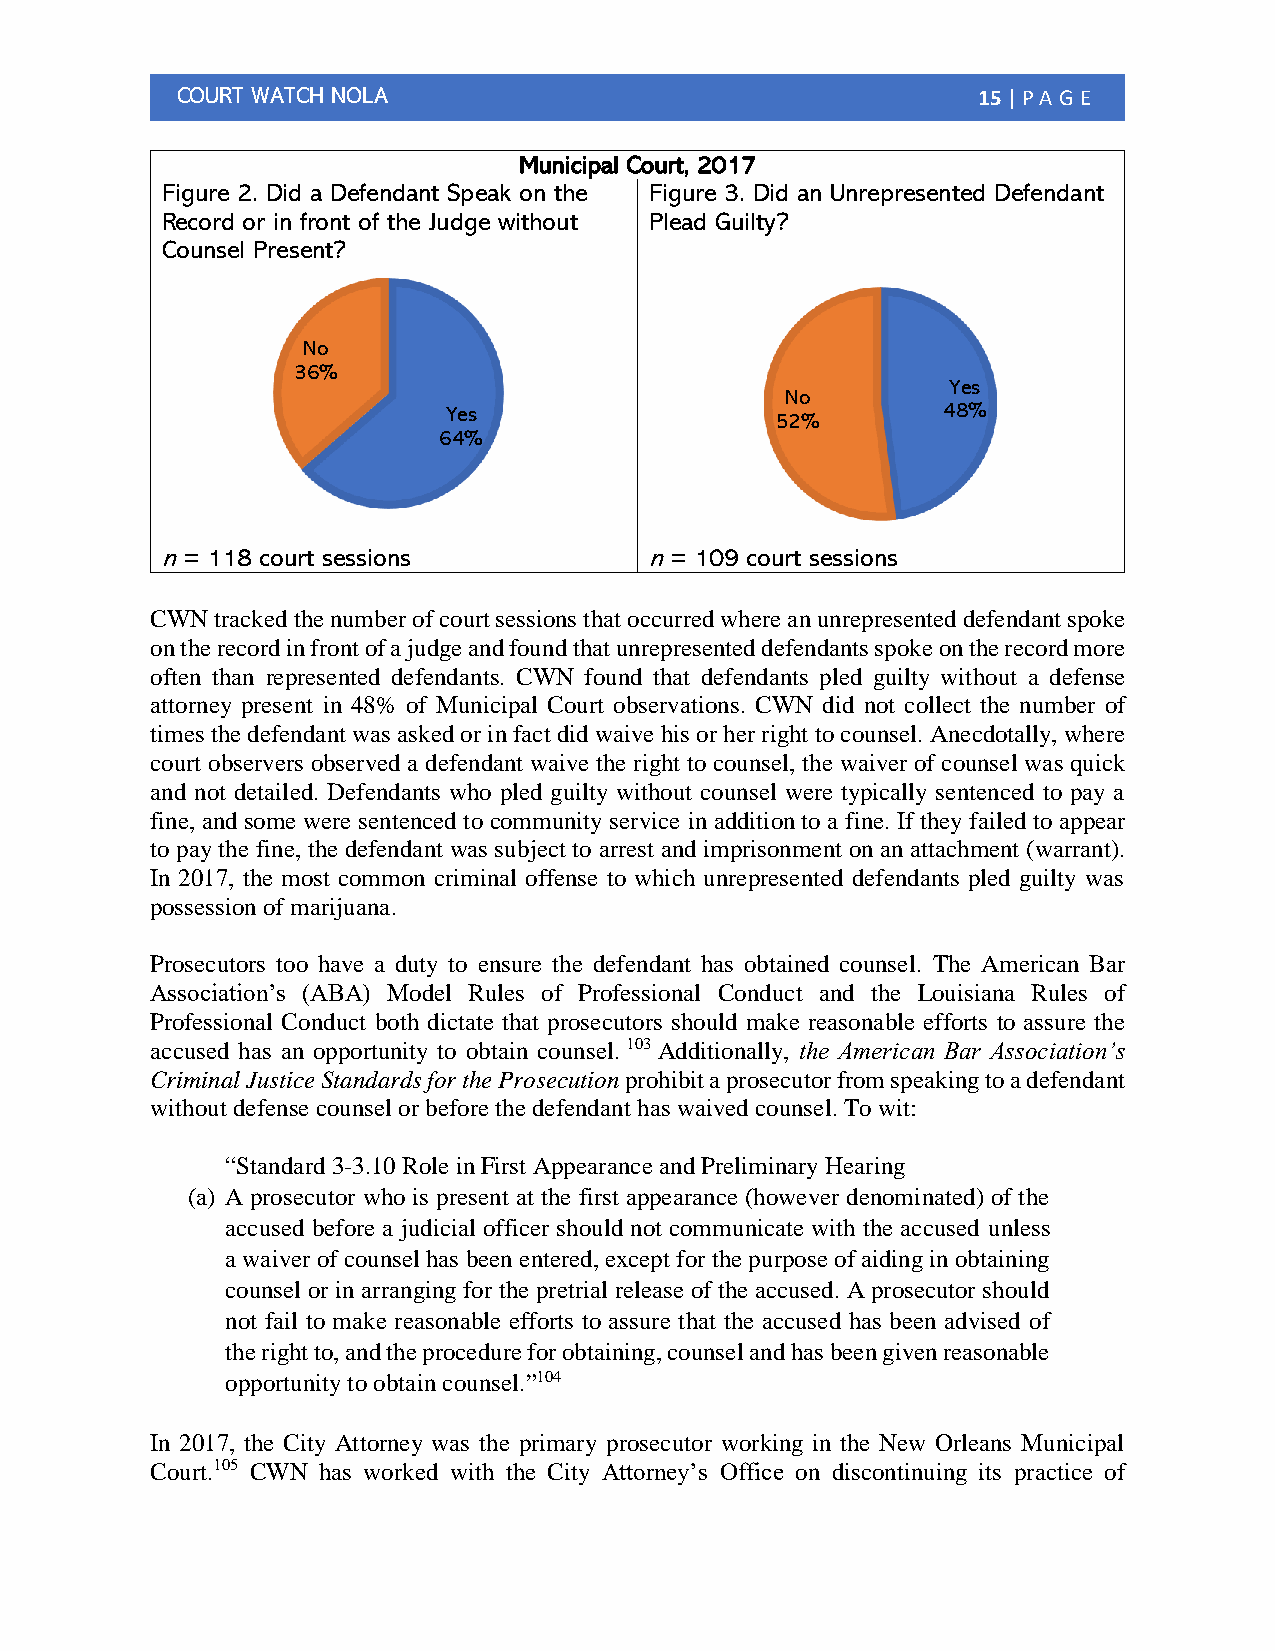
COURT WATCH NOLA                                     15 | PA G E
 Municipal Court, 2017
 Figure 2. Did a Defendant Speak on the Figure 3. Did an Unrepresented Defendant
 Record or in front of the Judge without Plead Guilty?
 Counsel Present?
 No
 36%
 Yes
 No
 Yes                             48%
 52%
 64%
 n = 118 court sessions          n = 109 court sessions
 CWN tracked the number of court sessions that occurred where an unrepresented defendant spoke
 on the record in front of a judge and found that unrepresented defendants spoke on the record more
 often than represented defendants. CWN found that defendants pled guilty without a defense
 attorney present in 48% of Municipal Court observations. CWN did not collect the number of
 times the defendant was asked or in fact did waive his or her right to counsel. Anecdotally, where
 court observers observed a defendant waive the right to counsel, the waiver of counsel was quick
 and not detailed. Defendants who pled guilty without counsel were typically sentenced to pay a
 fine, and some were sentenced to community service in addition to a fine. If they failed to appear
 to pay the fine, the defendant was subject to arrest and imprisonment on an attachment (warrant).
 In 2017, the most common criminal offense to which unrepresented defendants pled guilty was
 possession of marijuana.
 Prosecutors too have a duty to ensure the defendant has obtained counsel. The American Bar
 Association’s (ABA) Model Rules of Professional Conduct and the Louisiana Rules of
 Professional Conduct both dictate that prosecutors should make reasonable efforts to assure the
 accused has an opportunity to obtain counsel. 103 Additionally, the American Bar Association’s
 Criminal Justice Standards for the Prosecution prohibit a prosecutor from speaking to a defendant
 without defense counsel or before the defendant has waived counsel. To wit:
 “Standard 3-3.10 Role in First Appearance and Preliminary Hearing
 (a) A prosecutor who is present at the first appearance (however denominated) of the
 accused before a judicial officer should not communicate with the accused unless
 a waiver of counsel has been entered, except for the purpose of aiding in obtaining
 counsel or in arranging for the pretrial release of the accused. A prosecutor should
 not fail to make reasonable efforts to assure that the accused has been advised of
 the right to, and the procedure for obtaining, counsel and has been given reasonable
 opportunity to obtain counsel.”104
 In 2017, the City Attorney was the primary prosecutor working in the New Orleans Municipal
 Court.105 CWN has worked with the City Attorney’s Office on discontinuing its practice of